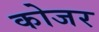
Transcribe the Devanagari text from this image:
कोजर